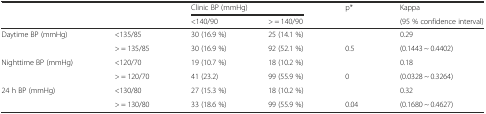
<table><thead><tr><td></td><td></td><td colspan="2"><b>Clinic BP (mmHg)</b></td><td><b>p*</b></td><td><b>Kappa</b></td></tr><tr><td></td><td></td><td><b>&lt;140/90</b></td><td><b>&gt; = 140/90</b></td><td></td><td><b>(95 % confidence interval)</b></td></tr></thead><tbody><tr><td rowspan="2">Daytime BP (mmHg)</td><td>&lt;135/85</td><td>30 (16.9 %)</td><td>25 (14.1 %)</td><td></td><td>0.29</td></tr><tr><td>&gt; = 135/85</td><td>30 (16.9 %)</td><td>92 (52.1 %)</td><td>0.5</td><td>(0.1443 ~ 0.4402)</td></tr><tr><td rowspan="2">Nighttime BP (mmHg)</td><td>&lt;120/70</td><td>19 (10.7 %)</td><td>18 (10.2 %)</td><td></td><td>0.18</td></tr><tr><td>&gt; = 120/70</td><td>41 (23.2)</td><td>99 (55.9 %)</td><td>0</td><td>(0.0328 ~ 0.3264)</td></tr><tr><td rowspan="2">24 h BP (mmHg)</td><td>&lt;130/80</td><td>27 (15.3 %)</td><td>18 (10.2 %)</td><td></td><td>0.32</td></tr><tr><td>&gt; = 130/80</td><td>33 (18.6 %)</td><td>99 (55.9 %)</td><td>0.04</td><td>(0.1680 ~ 0.4627)</td></tr></tbody></table>